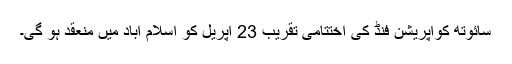
سائوتھ کوآپریشن فنڈ کی اختتامی تقریب 23 اپریل کو اسلام آباد میں منعقد ہو گی۔